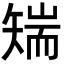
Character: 𮀅